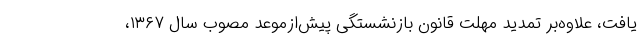
یافت، علاوه‌بر تمدید مهلت قانون بازنشستگی پیش‌ازموعد مصوب سال ۱۳۶۷،